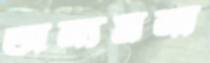
অন্যমনা